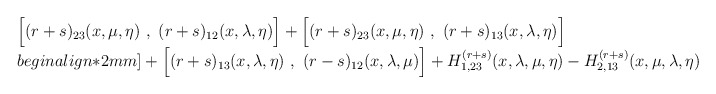
\begin{align*}\begin{array}{l} \Bigl[ (r + s)_{23}(x, \mu, \eta)~,~ (r + s)_{12}(x, \lambda, \eta)\Bigr] + \Bigl[ (r + s)_{23}(x, \mu, \eta)~,~ (r + s)_{13}(x, \lambda, \eta)\Bigr]\\begin{align*}2mm] + \Bigl[(r + s)_{13}(x,\lambda, \eta) ~,~ (r - s)_{12}(x, \lambda, \mu)\Bigr] + H^{(r+s)}_{1,23}(x, \lambda, \mu, \eta) - H^{(r+s)}_{2,13}(x, \mu, \lambda, \eta ) = 0 , \end{array}\end{align*}